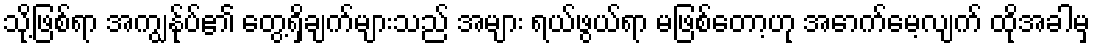
သို့ဖြစ်ရာ အကျွန်ုပ်၏ တွေ့ရှိချက်များသည် အများ ရယ်ဖွယ်ရာ မဖြစ်တော့ဟု အောက်မေ့လျက် ထိုအခါမှ